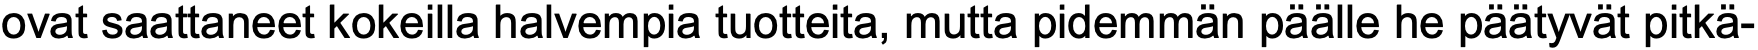
ovat saattaneet kokeilla halvempia tuotteita, mutta pidemmän päälle he päätyvät pitkä-